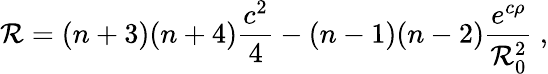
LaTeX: \mathcal{R}=(n+3)(n+4)\frac{{c^{2}}}{{4}}-(n-1)(n-2)\frac{{e^{c\rho}}}{{\mathcal{R}_{0}^{2}}}~,